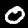
Digit: 0